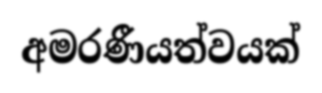
අමරණීයත්වයක්